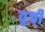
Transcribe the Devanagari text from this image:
वृची